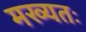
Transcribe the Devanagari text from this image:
मख्यतः